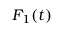
F _ { 1 } ( t )